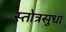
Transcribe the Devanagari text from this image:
स्तोत्रसुधा